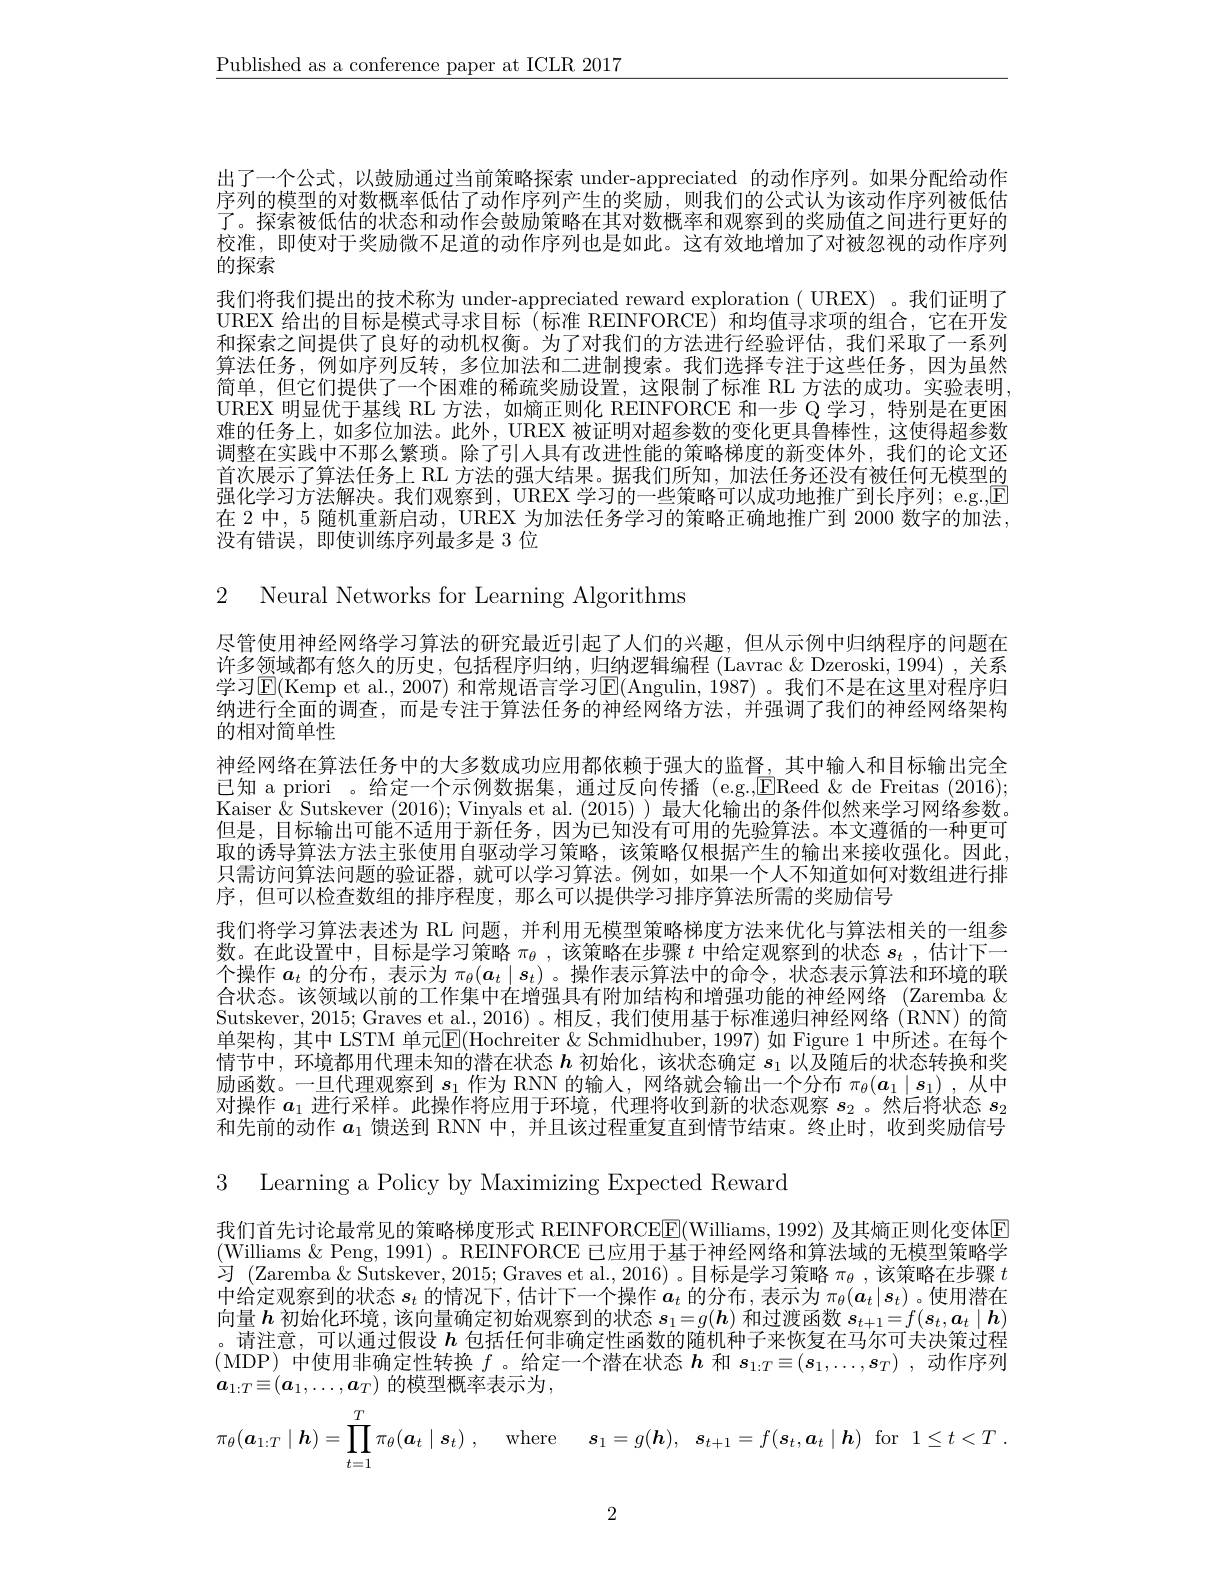
$\underline{\text{Published as a conference paper at ICLR 2017}}$

出了一个公式，以鼓励通过当前策略探索 under-appreciated 的动作序列。如果分配给动作序列的模型的对数概率低估了动作序列产生的奖励，则我们的公式认为该动作序列被低估了。探索被低估的状态和动作会鼓励策略在其对数概率和观察到的奖励值之间进行更好的校准，即使对于奖励微不足道的动作序列也是如此。这有效地增加了对被忽视的动作序列的探索
我们将我们提出的技术称为 under-appreciated reward exploration ( UREX) 。我们证明了UREX 给出的目标是模式寻求目标(标准 REINFORCE)和均值寻求项的组合，它在开发和探索之间提供了良好的动机权衡。为了对我们的方法进行经验评估，我们采取了一系列算法任务，例如序列反转，多位加法和二进制搜索。我们选择专注于这些任务，因为虽然简单，但它们提供了一个困难的稀疏奖励设置，这限制了标准 RL 方法的成功。实验表明UREX 明显优于基线 RL 方法，如熵正则化 REINFORCE 和一步 Q 学习，特别是在更困难的任务上，如多位加法。此外，UREX 被证明对超参数的变化更具鲁棒性，这使得超参数调整在实践中不那么繁琐。除了引人具有改进性能的策略梯度的新变体外，我们的论文还首次展示了算法任务上 RL 方法的强大结果。据我们所知，加法任务还没有被任何无模型的强化学习方法解决。我们观察到，UREX 学习的一些策略可以成功地推广到长序列；e.g.,$\boxed{\mathrm{E}}$ 在 2 中，5 随机重新启动，UREX 为加法任务学习的策略正确地推广到 2000 数字的加法， 没有错误，即使训练序列最多是 3 位

2 Neural Networks for Learning Algorithms

尽管使用神经网络学习算法的研究最近引起了人们的兴趣，但从示例中归纳程序的问题在许多领域都有悠久的历史，包括程序归纳，归纳逻辑编程 (Lavrac & Dzeroski, 1994) ,关系学习E(Kemp et al., 2007) 和常规语言学习E(Angulin, 1987)。我们不是在这里对程序归纳进行全面的调查，而是专注于算法任务的神经网络方法，并强调了我们的神经网络架构的相对简单性
神经网络在算法任务中的大多数成功应用都依赖于强大的监督，其中输人和目标输出完全已知 a priori 。给定一个示例数据集，通过反向传播 (e.g.,EReed $\&$ de Freitas ( 2016) ; Kaiser $\hat{\&}$ Sutskever (2016); Vinyals et al. (2015) )最大化输出的条件似然来学习网络参数。但是，目标输出可能不适用于新任务，因为已知没有可用的先验算法。本文遵循的一种更可取的诱导算法方法主张使用自驱动学习策略，该策略仅根据产生的输出来接收强化。因此只需访问算法问题的验证器，就可以学习算法。例如，如果一个人不知道如何对数组进行排序，但可以检查数组的排序程度，那么可以提供学习排序算法所需的奖励信号
我们将学习算法表述为 RL 问题，并利用无模型策略梯度方法来优化与算法相关的一组参数。在此设置中，目标是学习策略$\pi_\theta$,该策略在步骤$t$中给定观察到的状态$s_t$ ,估计下一个操作$a_t$的分布，表示为$\pi_\theta(a_t\mid s_t)$ 。操作表示算法中的命令，状态表示算法和环境的联合状态。该领域以前的工作集中在增强具有附加结构和增强功能的神经网络 (Zaremba & Sutskever, 2015; Graves et al., 2016) 。相反，我们使用基于标准递归神经网络 (RNN) 的简单架构，其中 LSTM 单元$\mathbb{E}($Hochreiter & Schmidhuber, 1997) 如 Figure 1 中所述。在每个情节中，环境都用代理未知的潜在状态$h$初始化，该状态确定$s_1$以及随后的状态转换和奖励函数。一旦代理观察到$s_1$作为 RNN 的输入，网络就会输出一个分布$\pi_\theta(\boldsymbol{a}_1\mid\boldsymbol{s}_1)$ ,从中对操作$a_1$并行采样。此操作将应用于环境、代理将收到新的状态观察$s_2$。然后将状态$s_2$ 和先前的动作$a_1$馈送到 RNN 中，并且该过程重复直到情节结束。终止时，收到奖励信号

3 Learning a Policy by Maximizing Expected Reward

我们首先讨论最常见的策略梯度形式 REINFORCE$\boxed{\mathrm{E}}($Williams, 1992) 及其熵正则化变体$\color{red}{\mathrm{E}}$ (Williams $\&$ Peng, 1991)。REINFORCE 已应用于基于神经网络和算法域的无模型策略学习 (Zaremba & Sutskever, 2015; Graves et al., 2016) 。目标是学习策略$\pi_\theta$ ,该策略在步骤$t$ 中给定观察到的状态$s_t$的情况下，估计下一个操作$a_t$的分布，表示为$\pi_\theta(a_t|s_t)$。使用潜在向量$\boldsymbol{h}$初始化环境，该向量确定初始观察到的状态$\boldsymbol s_1=g(\boldsymbol{h})$和过渡函数$\boldsymbol s_t+1=f(\boldsymbol{s}_t,\boldsymbol{a}_t\mid\boldsymbol{h})$ 。请注意，可以通过假设$h$包括任何非确定性函数的随机种子来恢复在马尔可夫决策过程(MDP) 中使用非确定性转换$f$。给定一个潜在状态$\boldsymbol{h}$和$s_1:T\equiv(\boldsymbol{s}_1,\ldots,\boldsymbol{s}_T)$ ,动作序列$\boldsymbol{a}_{1:T}\equiv(\boldsymbol{a}_1,\ldots,\boldsymbol{a}_T)$ 的模型概率表示为，
$$\pi_\theta(\boldsymbol{a}_{1:T}\mid\boldsymbol{h})=\prod\limits_{t=1}^T\pi_\theta(\boldsymbol{a}_t\mid\boldsymbol{s}_t)\:,\quad\text{where}\quad s_1=g(\boldsymbol{h}),\quad\boldsymbol{s}_{t+1}=f(\boldsymbol{s}_t,\boldsymbol{a}_t\mid\boldsymbol{h})\quad\text{for}\quad1\leq t<T\:.$$
2